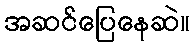
အဆင်ပြေနေဆဲ။